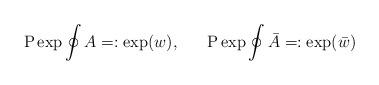
LaTeX: \begin{align*}\mbox{P} \exp \oint A =:\exp(w), \ \ \ \ \ \mbox{P} \exp \oint\bar A =:\exp(\bar w)\end{align*}